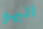
البهو